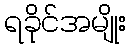
ရခိုင်အမျိုး